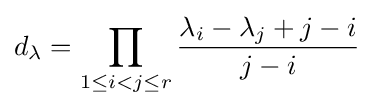
d_{\lambda }=\prod _{1\leq i<j\leq r}{\frac {\lambda _{i}-\lambda _{j}+j-i}{j-i}}